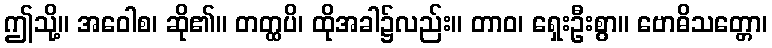
ဤသို့။ အဝေါစ၊ ဆို၏။ တတ္ထပိ၊ ထိုအခါ၌လည်း။ တာဝ၊ ရှေးဦးစွာ။ ဗောဓိသတ္တော၊